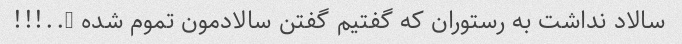
سالاد نداشت به رستوران که گفتیم گفتن سالادمون تموم شده …..!!!